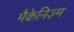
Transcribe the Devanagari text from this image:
मैकेनिज़्म